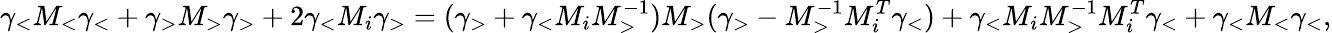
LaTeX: {\gamma}_{<}M_{<}\gamma_{<}+{\gamma}_{>}M_{>}\gamma_{>}+2{\gamma}_{<}M_{i}\gamma_{>}=({\gamma}_{>}+{\gamma}_{<}M_{i}M_{>}^{-1})M_{>}({\gamma}_{>}-M_{>}^{-1}M_{i}^{T}{\gamma}_{<})+{\gamma}_{<}M_{i}M_{>}^{-1}M_{i}^{T}\gamma_{<}+{\gamma}_{<}M_{<}\gamma_{<},